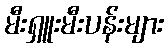
မီးရှူးမီးပန်းများ